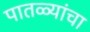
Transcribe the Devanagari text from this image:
पातळ्यांचा